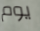
يوم